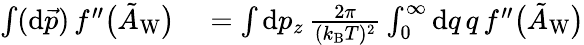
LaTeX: \begin{array}{rl}{\int(\mathrm{d}\vec{p})\, f^{\prime\prime}\big(\tilde{A}_{\mathrm{W}}\big)}&{{}=\int\mathrm{d}p_{z}\, \frac{2\pi}{(k_{\mathrm{B}}T)^{2}}\int_{0}^{\infty}\mathrm{d}q\, q\, f^{\prime\prime}\big(\tilde{A}_{\mathrm{W}}\big)}\end{array}